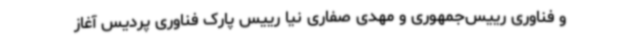
و فناوری رییس‌جمهوری و مهدی صفاری نیا رییس پارک فناوری پردیس آغاز